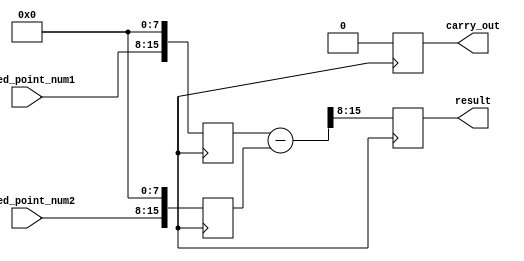
module fixed_point_subtractor (
    input [7:0] fixed_point_num1,
    input [7:0] fixed_point_num2,
    output reg [7:0] result,
    output reg carry_out
);

reg [15:0] integer_num1;
reg [15:0] integer_num2;

always @ (posedge clk) begin
    integer_num1 <= fixed_point_num1 << 8; // Convert fixed-point number to integer format
    integer_num2 <= fixed_point_num2 << 8; // Convert fixed-point number to integer format

    result <= (integer_num1 - integer_num2) >> 8; // Perform subtraction operation and convert back to fixed-point format

    if (result[15] != integer_num1[15] && result[15] != integer_num2[15]) begin
        carry_out <= 1; // Overflow condition
    end else begin
        carry_out <= 0;
    end
end

endmodule